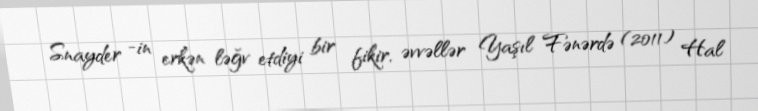
Snayder -in erkən ləğv etdiyi bir fikir, əvvəllər Yaşıl Fənərdə (2011) Hal